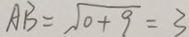
A B = \sqrt { 0 + 9 } = 3